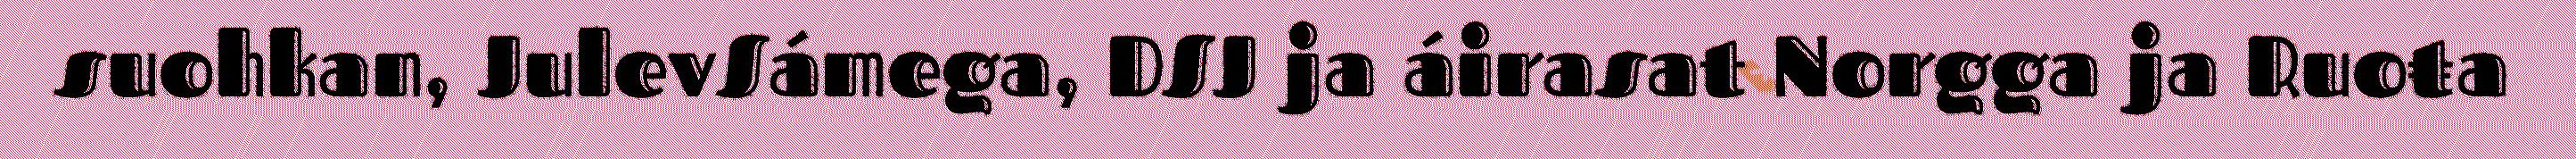
suohkan, JulevSámega, DSJ ja áirasat Norgga ja Ruoŧa